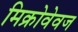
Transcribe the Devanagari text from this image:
मिक्रोवेवज